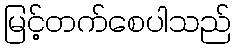
မြင့်တက်စေပါသည်